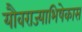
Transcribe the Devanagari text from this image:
यौवराज्याभिषेकास